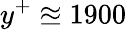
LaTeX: y^{+}\approxeq 1900